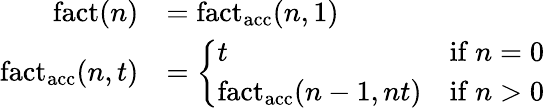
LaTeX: {\begin{array}{rl}{\operatorname{fact}(n)}&{=\operatorname{fact_{acc}}(n,1)}\\ {\operatorname{fact_{acc}}(n,t)}&{={\left\{ \begin{array}{ll}{t}&{{\mathrm{if~}}n=0}\\ {\operatorname{fact_{acc}}(n-1,nt)}&{{\mathrm{if~}}n>0}\end{array}\right.}}\end{array}}